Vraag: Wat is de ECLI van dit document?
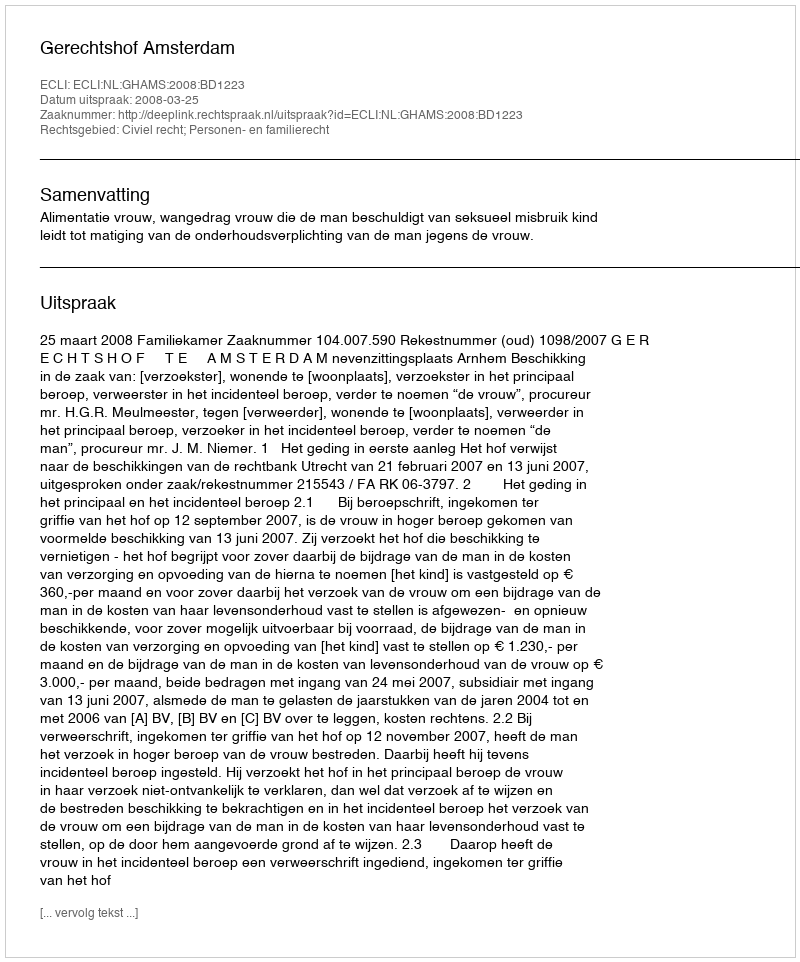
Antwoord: ECLI:NL:GHAMS:2008:BD1223